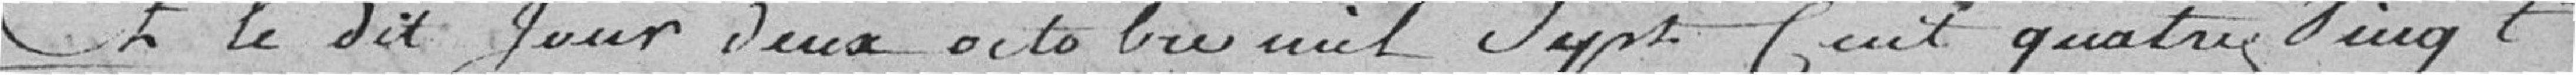
Et le dit Jour deux octobre mil Sept Cent quatre Vingt